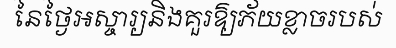
នៃថ្ងៃអស្ចារ្យនិងគួរឱ្យភ័យខ្លាចរបស់